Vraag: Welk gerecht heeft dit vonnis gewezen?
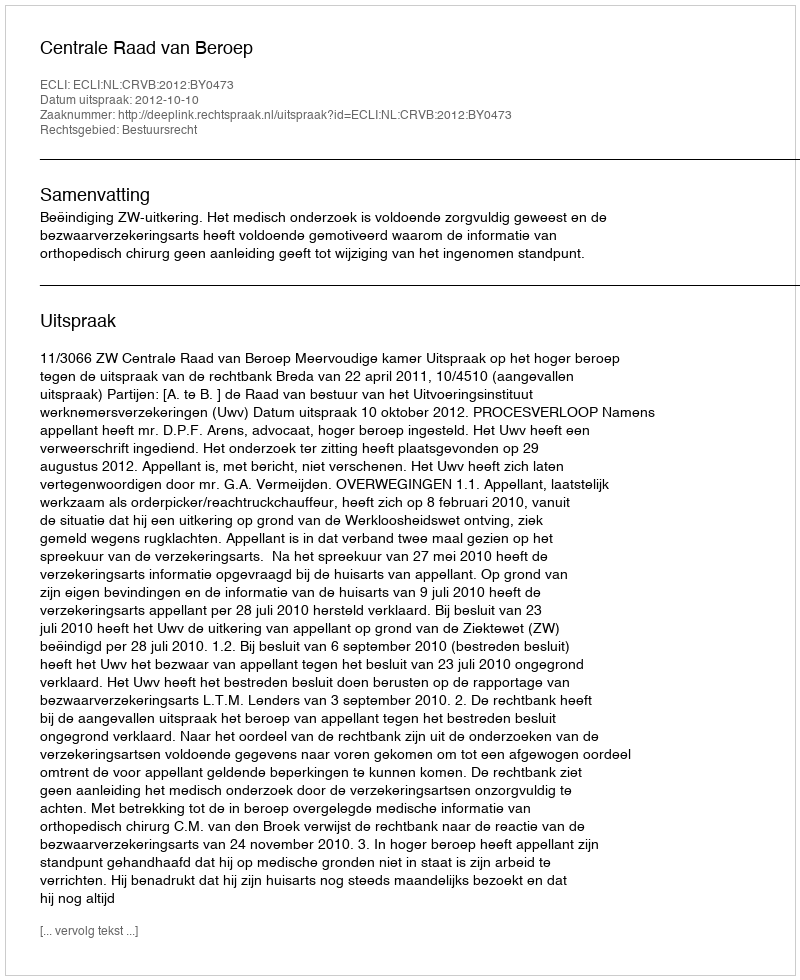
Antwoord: Centrale Raad van Beroep